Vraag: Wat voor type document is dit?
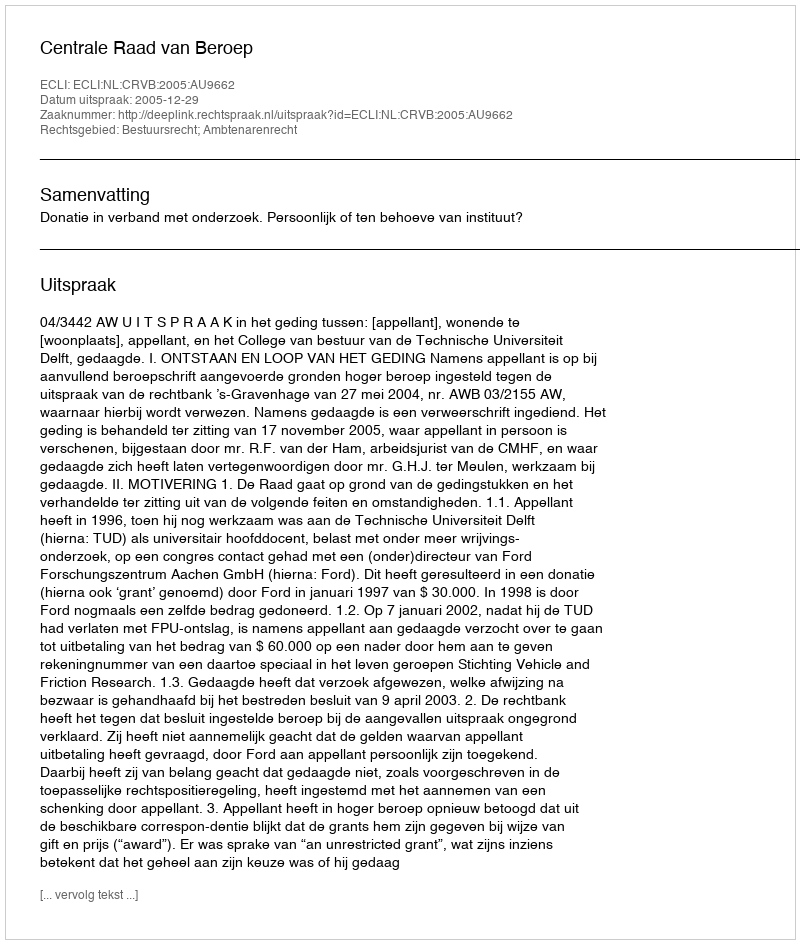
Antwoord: Uitspraak